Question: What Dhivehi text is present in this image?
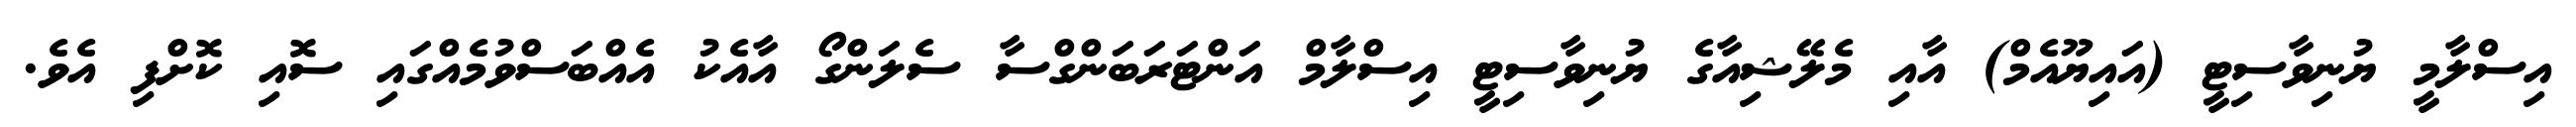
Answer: އިސްލާމީ ޔުނިވާސިޓީ (އައިޔޫއެމް) އާއި މެލޭޝިއާގެ ޔުނިވާސިޓީ އިސްލާމް އަންޓަރަބަންގްސާ ސެލަންގޯ އާއެކު އެއްބަސްވުމެއްގައި ސޮއި ކޮށްފި އެވެ.